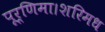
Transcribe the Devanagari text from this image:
पूर्णिमा।शरिमध